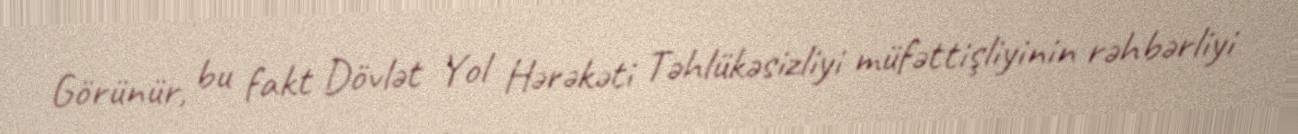
Görünür, bu fakt Dövlət Yol Hərəkəti Təhlükəsizliyi müfəttişliyinin rəhbərliyi